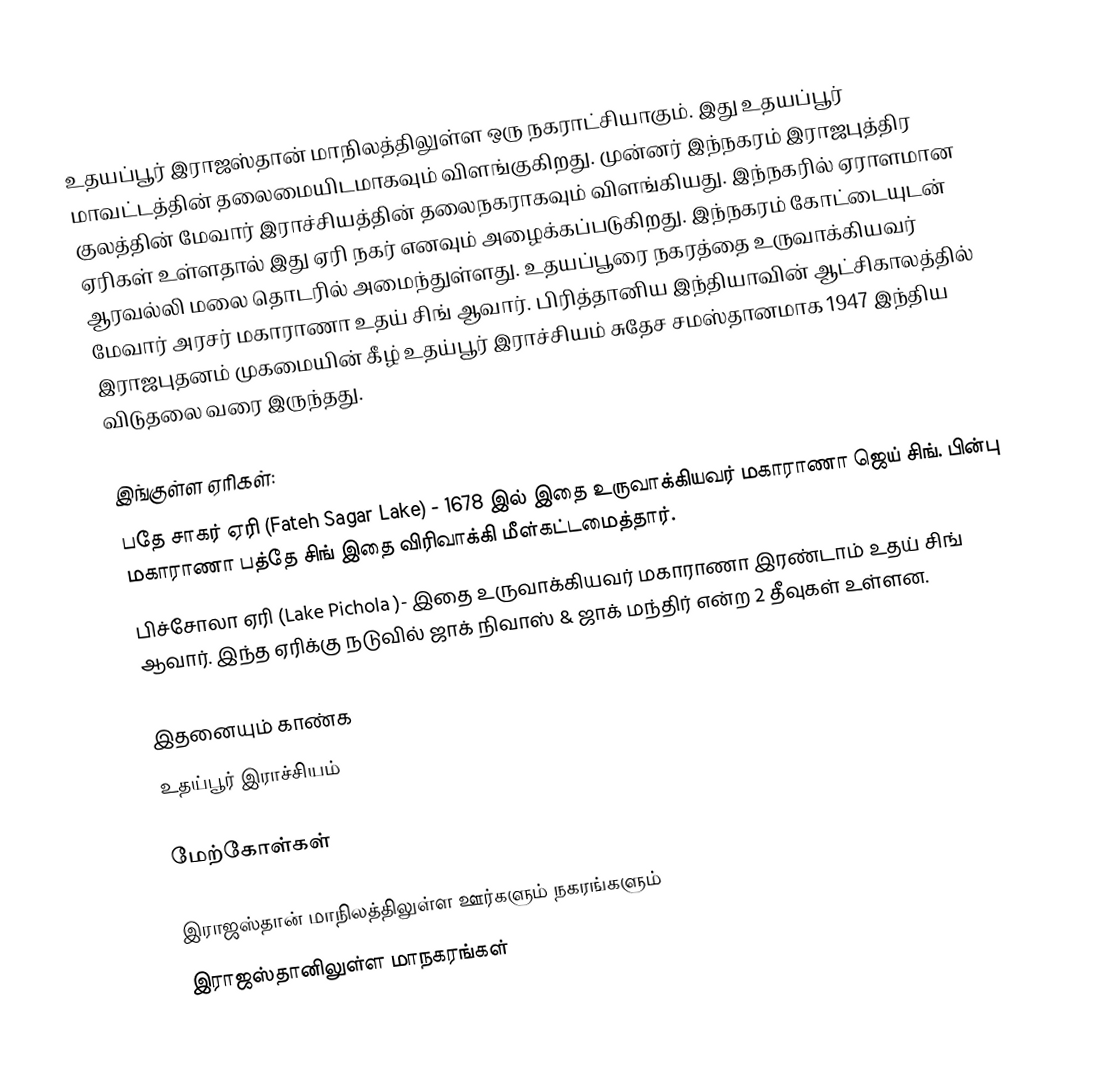
உதயப்பூர் இராஜஸ்தான் மாநிலத்திலுள்ள ஒரு நகராட்சியாகும். இது உதயப்பூர் மாவட்டத்தின் தலைமையிடமாகவும் விளங்குகிறது. முன்னர் இந்நகரம் இராஜபுத்திர குலத்தின் மேவார் இராச்சியத்தின் தலைநகராகவும் விளங்கியது. இந்நகரில் ஏராளமான ஏரிகள் உள்ளதால் இது ஏரி நகர் எனவும் அழைக்கப்படுகிறது. இந்நகரம் கோட்டையுடன் ஆரவல்லி மலை தொடரில் அமைந்துள்ளது.  உதயப்பூரை நகரத்தை உருவாக்கியவர் மேவார் அரசர் மகாராணா உதய் சிங் ஆவார். பிரித்தானிய இந்தியாவின் ஆட்சிகாலத்தில் இராஜபுதனம் முகமையின் கீழ்  உதய்பூர் இராச்சியம் சுதேச சமஸ்தானமாக  1947 இந்திய விடுதலை வரை இருந்தது.

இங்குள்ள ஏரிகள்:
 பதே சாகர் ஏரி (Fateh Sagar Lake) - 1678 இல் இதை உருவாக்கியவர் மகாராணா ஜெய் சிங். பின்பு மகாராணா பத்தே சிங் இதை விரிவாக்கி மீள்கட்டமைத்தார்.
 பிச்சோலா ஏரி (Lake Pichola )- இதை உருவாக்கியவர் மகாராணா இரண்டாம் உதய் சிங் ஆவார். இந்த ஏரிக்கு நடுவில் ஜாக் நிவாஸ் & ஜாக் மந்திர் என்ற 2 தீவுகள் உள்ளன.

இதனையும் காண்க
  உதய்பூர் இராச்சியம்

மேற்கோள்கள்

இராஜஸ்தான் மாநிலத்திலுள்ள ஊர்களும் நகரங்களும்
இராஜஸ்தானிலுள்ள மாநகரங்கள்